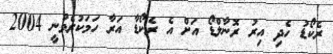
ރެެކޯޑު ހެދި އިރު ރޮނާލްޑޯ އަށް އެ ރެކޯޑާ އަރާ ހަމަކުރެވުނީ 2004